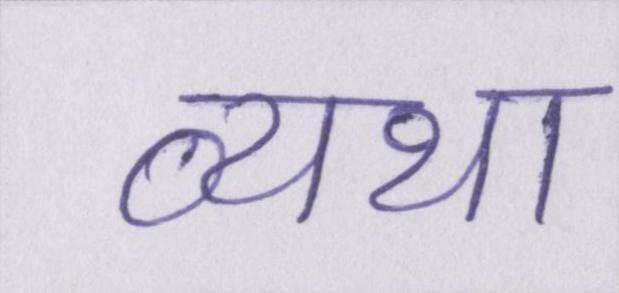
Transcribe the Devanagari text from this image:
व्यथा